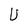
Character: U